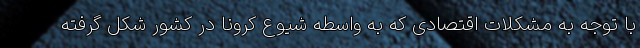
با توجه به مشکلات اقتصادی که به واسطه شیوع کرونا در کشور شکل گرفته